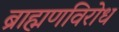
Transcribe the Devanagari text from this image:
ब्राह्मणविरोध